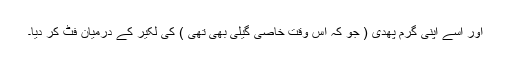
اور اسے اپنی گرم پھدی ( جو کہ اس وقت خاصی گیلی بھی تھی ) کی لکیر کے درمیان فٹ کر دیا۔